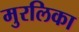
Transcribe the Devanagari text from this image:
मुरलिका